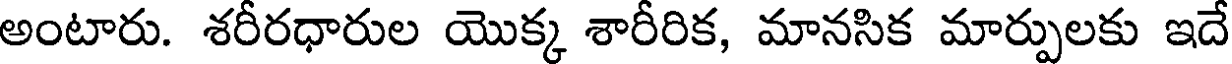
అంటారు. శరీరధారుల యొక్క శారీరిక, మానసిక మార్పులకు ఇదే